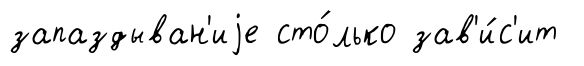
запаздыван'иjе сто́лько зав'и́с'ит